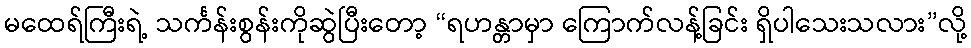
မထေရ်ကြီးရဲ့ သင်္ကန်းစွန်းကိုဆွဲပြီးတော့ “ရဟန္တာမှာ ကြောက်လန့်ခြင်း ရှိပါသေးသလား”လို့